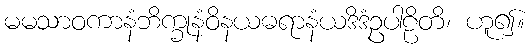
မမသာဝကာနံဘိက္ခုနံဝိနယဓရာနံယဒိဒံဥပါဠိတိ၊ ဟူ၍။